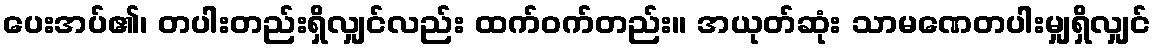
ပေးအပ်၏၊ တပါးတည်းရှိလျှင်လည်း ထက်ဝက်တည်း။ အယုတ်ဆုံး သာမဏေတပါးမျှရှိလျှင်